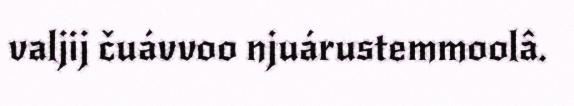
valjij čuávvoo njuárustemmoolâ.